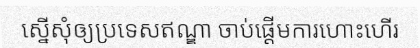
ស្នើសុំឲ្យប្រទេសឥណ្ឌា ចាប់ផ្តើមការហោះហើរ